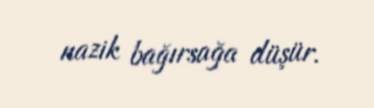
nazik bağırsağa düşür.